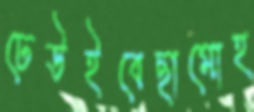
ঢেউইবেছামোহ